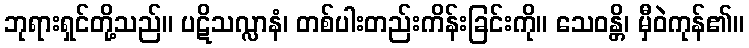
ဘုရားရှင်တို့သည်။ ပဋိသလ္လာနံ၊ တစ်ပါးတည်းကိန်းခြင်းကို။ သေဝန္တိ၊ မှီဝဲကုန်၏။